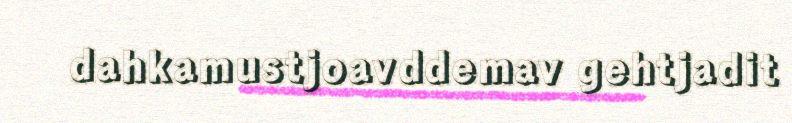
dahkamustjoavddemav gehtjadit